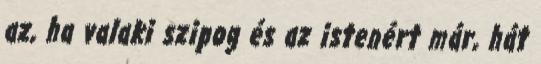
az, ha valaki szipog és az istenért már, hát